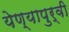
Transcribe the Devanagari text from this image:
येण्यापुर्वी